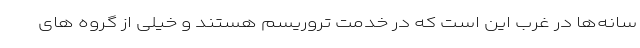
سانه‌ها در غرب این است که در خدمت تروریسم هستند و خیلی از گروه های